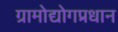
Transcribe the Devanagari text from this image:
ग्रामोद्योगप्रधान